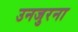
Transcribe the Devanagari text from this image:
उनजुरना